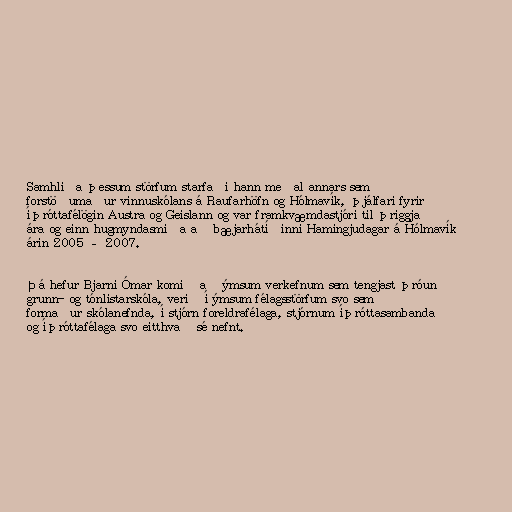
Samhliða þessum störfum starfaði hann meðal annars sem
forstöðumaður vinnuskólans á Raufarhöfn og Hólmavík, þjálfari fyrir
íþróttafélögin Austra og Geislann og var framkvæmdastjóri til þriggja
ára og einn hugmyndasmiða að bæjarhátíðinni Hamingjudagar á Hólmavík
árin 2005 – 2007.

Þá hefur Bjarni Ómar komið að ýmsum verkefnum sem tengjast þróun
grunn- og tónlistarskóla, verið í ýmsum félagsstörfum svo sem
formaður skólanefnda, í stjórn foreldrafélaga, stjórnum íþróttasambanda
og íþróttafélaga svo eitthvað sé nefnt.